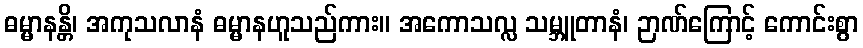
ဓမ္မာနန္တိ၊ အကုသလာနံ ဓမ္မာနဟူသည်ကား။ အကောသလ္လ သမ္ဘူတာနံ၊ ဉာဏ်ကြောင့် ကောင်းစွာ